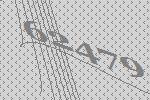
62479